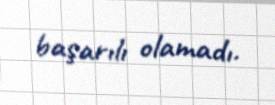
başarılı olamadı.